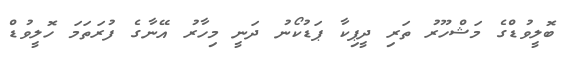
ބޮލީވުޑްގެ މަޝްހޫރު ތަރި ދީޕިކާ ޕަޑުކޯނު ދަނީ މިހާރު އޭނާގެ ފުރަތަމަ ހޮލީވުޑް